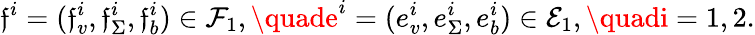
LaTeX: \mathfrak{f}^{i}=(\mathfrak{f}_{v}^{i},\mathfrak{f}_{\Sigma}^{i},\mathfrak{f}_{b}^{i})\in\mathcal{{F}}_{1},\quade^{i}=(e_{v}^{i},e_{\Sigma}^{i},e_{b}^{i})\in\mathcal{{E}}_{1},\quadi=1,2.